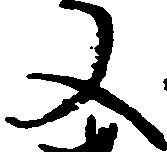
又